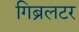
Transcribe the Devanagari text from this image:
गिब्रलटर